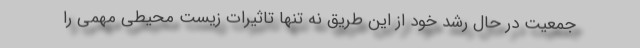
جمعیت در حال رشد خود از این طریق نه تنها تاثیرات زیست محیطی مهمی را